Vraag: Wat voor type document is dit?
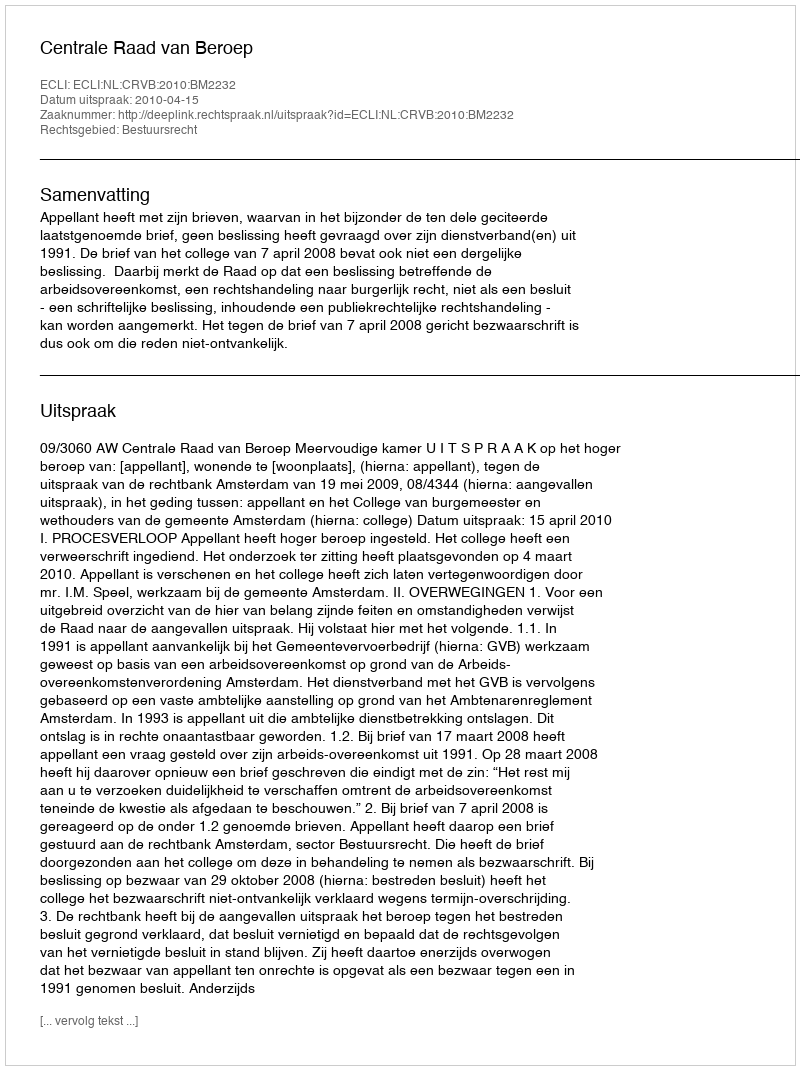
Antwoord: Uitspraak